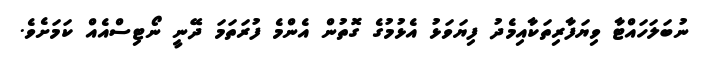
ނުބަލަހައްޓާ ވިޔަފާރިތަކާއިމެދު ފިޔަވަޅު އެޅުމުގެ ގޮތުން އެންމެ ފުރަތަމަ ދޭނީ ނޯޓިސްއެއް ކަމަށެވެ.